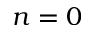
n = 0